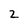
Character: 2